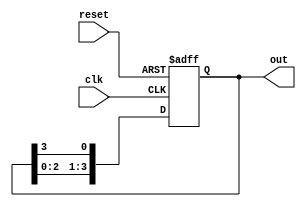
module ring_counter #(
    parameter N = 4  // Number of bits in the ring counter
)(
    input wire clk,          // Clock input
    input wire reset,        // Asynchronous reset input
    output reg [N-1:0] out   // Output representing the current state
);

    // Initial state: only the first flip-flop is set
    initial begin
        out = 1'b1; // Set the initial state to 100...0
    end

    always @(posedge clk or posedge reset) begin
        if (reset) begin
            out <= 1'b1; // Reset to initial state
        end else begin
            out <= {out[N-2:0], out[N-1]}; // Shift left and wrap around
        end
    end

endmodule